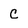
Character: C